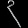
Digit: ၃